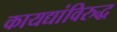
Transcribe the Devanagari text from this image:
कायद्यांविरुद्ध